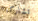
تشاركنا